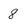
Character: 8